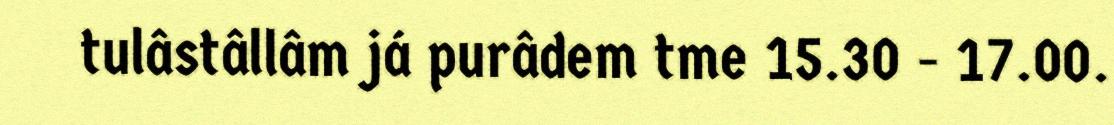
tulâstâllâm já purâdem tme 15.30 - 17.00.